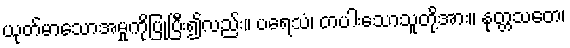
ယုတ်မာသောအမှုကိုပြုပြီး၍လည်း။ ပရေသံ၊ တပါးသောသူတို့အား။ နုတ္တသတေ၊